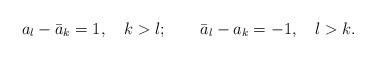
LaTeX: \begin{align*}a_{l}-\bar{a}_{k}=1,\quad k>l;\quad \quad \bar{a}_{l}-a_{k}=-1,\quad l>k.\end{align*}